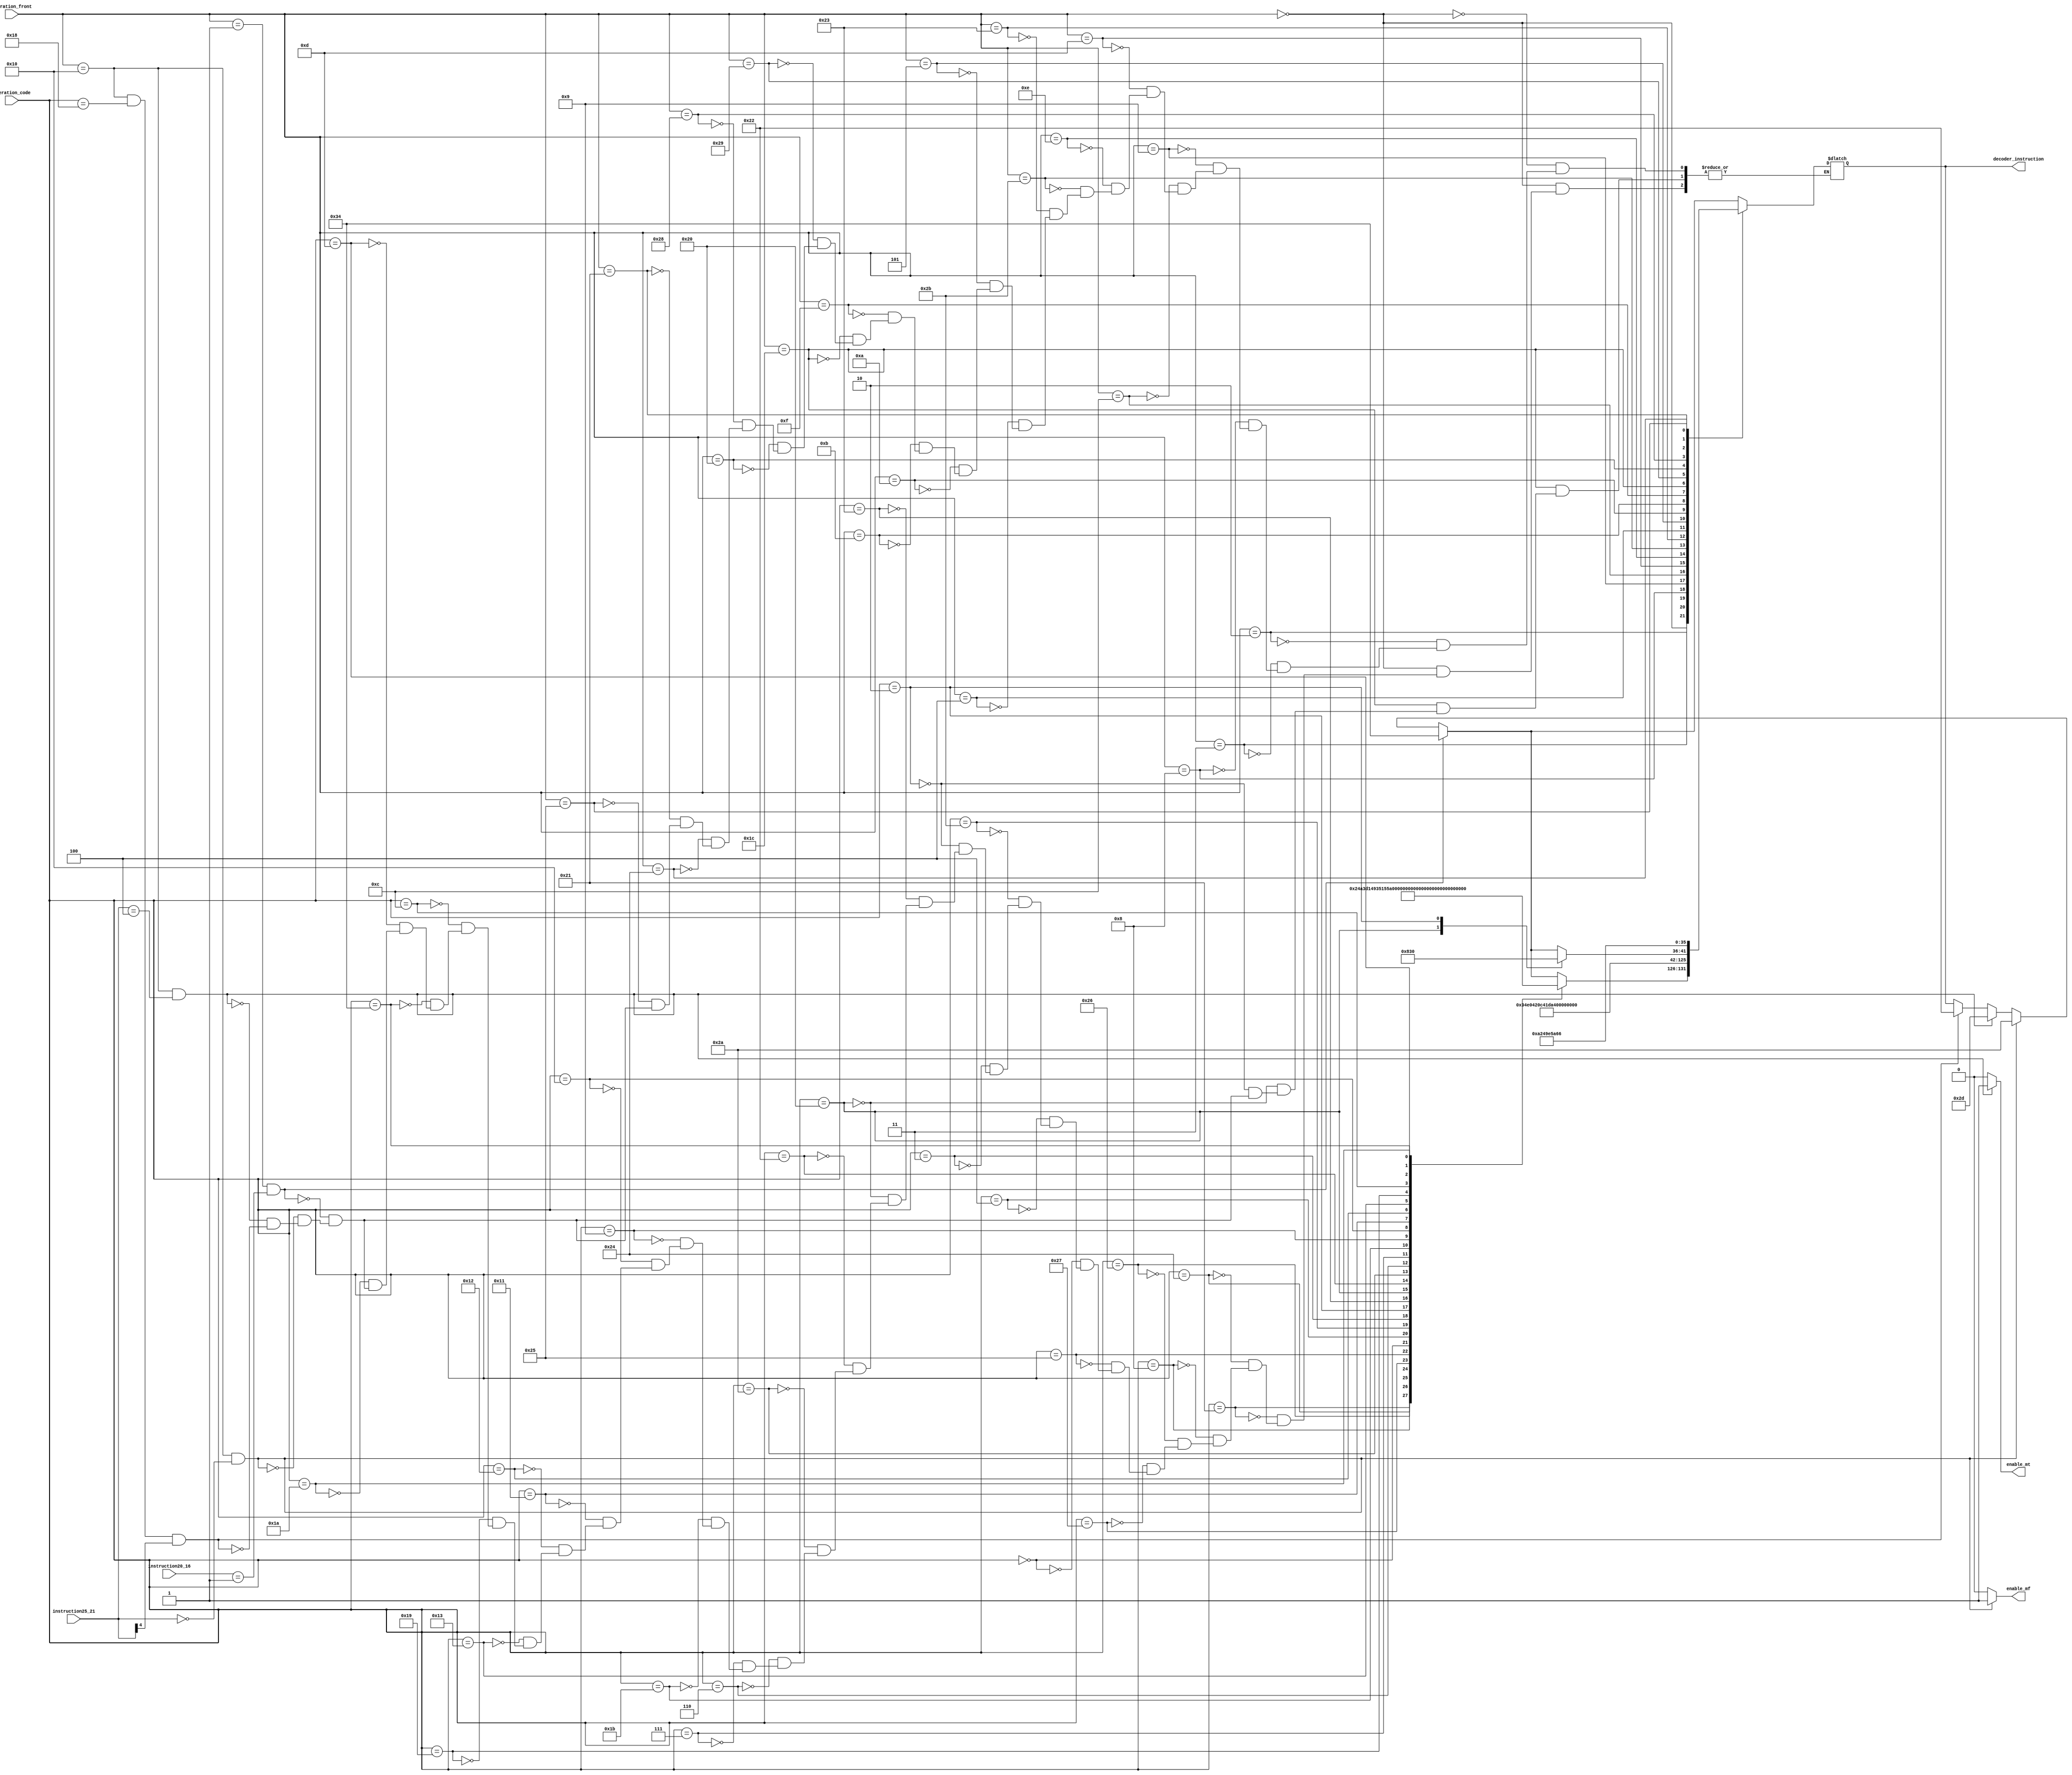
module instruction(input [5:0]operation_front,input [4:0]instruction25_21,input [4:0]instruction20_16,input [5:0]operation_code,
output reg [5:0]decoder_instruction,output reg enable_mf,output reg enable_mt);
always@(*)begin enable_mt=(operation_front ==6'b010000&&instruction25_21==5'b00100)?1:0;enable_mf=(operation_front ==6'b010000&&instruction25_21==5'b00000)?1:0; 
if(operation_front==6'b010000&&operation_code==5'b011000 && instruction25_21[4]==1)decoder_instruction=34;
if(operation_front ==6'b010000&&instruction25_21==5'b00100)decoder_instruction=45;
if(operation_front==6'b010000&&instruction25_21==5'b00000)decoder_instruction=42;
if(operation_front==6'b000001&&instruction20_16==5'b00001)decoder_instruction=52;
case(operation_front)          
6'b000000:begin case(operation_code)
6'b100001:decoder_instruction=9;
6'b100100:decoder_instruction=10;
6'b001000:decoder_instruction=15;
6'b100110:decoder_instruction=17;
6'b100111:decoder_instruction=18;
6'b100101:decoder_instruction=19;
6'b000000:decoder_instruction=20;
6'b000100:decoder_instruction=21;
6'b101011:decoder_instruction=22;                     
6'b000011:decoder_instruction=23;
6'b000010:decoder_instruction=24;
6'b100011:decoder_instruction=25;
6'b100000:decoder_instruction=27;
6'b100010:decoder_instruction=28;
6'b101010:decoder_instruction=29;
6'b000110:decoder_instruction=30;
6'b000111:decoder_instruction=31;
6'b011011:decoder_instruction=33;
6'b001001:decoder_instruction=35;
6'b010000:decoder_instruction=43;
6'b010001:decoder_instruction=46;
6'b010010:decoder_instruction=44;
6'b010011:decoder_instruction=47;
6'b011001:decoder_instruction=49;
6'b001100:decoder_instruction=50;
6'b110100:decoder_instruction=51;
6'b001101:decoder_instruction=53;
6'b011010:decoder_instruction=54;endcase end
6'b000010:decoder_instruction=13;
6'b000011:decoder_instruction=14;
6'b001000:decoder_instruction=1;
6'b001001:decoder_instruction=2;
6'b001100:decoder_instruction=3;
6'b001101:decoder_instruction=4;			
6'b001110:decoder_instruction=7;				
6'b101011:decoder_instruction=26;				
6'b100011:decoder_instruction=16;	
6'b000100:decoder_instruction=11;
6'b000101:decoder_instruction=12;
6'b001010:decoder_instruction=8;
6'b001011:decoder_instruction=5;
6'b001111:decoder_instruction=6;
6'b011100:begin case(operation_code)
6'b100000:decoder_instruction=32;
6'b000010:decoder_instruction=48;endcase end
6'b101001:decoder_instruction=40;
6'b100000:decoder_instruction=36;
6'b101000:decoder_instruction=39;
6'b100100:decoder_instruction=37;
6'b100001:decoder_instruction=41;
6'b100101:decoder_instruction=38;
endcase end endmodule